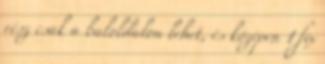
rész csak a baloldalon lehet, és középen 1 fix